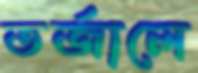
তর্জালে